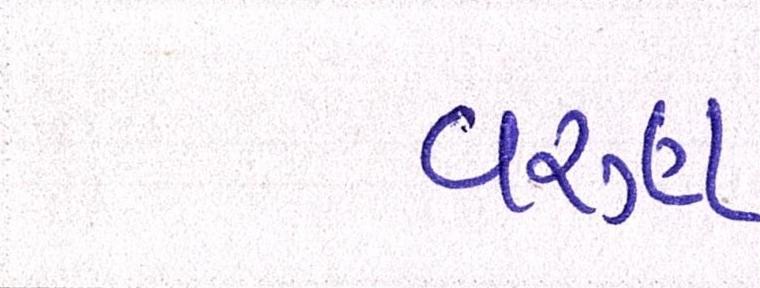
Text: વરૃણ